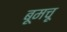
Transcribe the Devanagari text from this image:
बूमचू